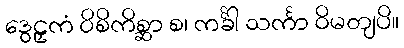
ဒွေဠှကံ ဝိစိကိစ္ဆာ စ၊ ကင်္ခါ သင်္ကာ ဝိမတျပိ။